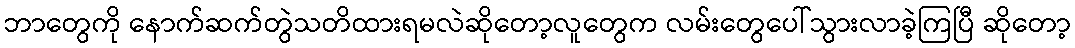
ဘာတွေကို နောက်ဆက်တွဲသတိထားရမလဲဆိုတော့လူတွေက လမ်းတွေပေါ်သွားလာခဲ့ကြပြီ ဆိုတော့